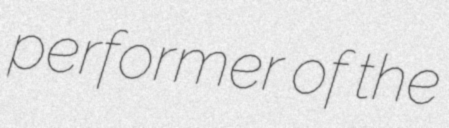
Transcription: performer of the